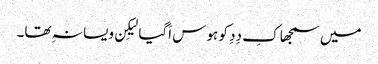
میں سمجھا کِ دِدِ کو ہوس اَگیا لیکِن ویسا نہِ تھا۔